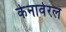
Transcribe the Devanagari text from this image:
केनावेरल